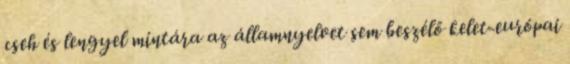
cseh és lengyel mintára az államnyelvet sem beszélő kelet-európai